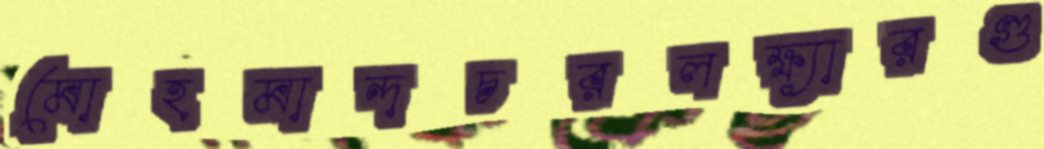
মোহমান্দচরলক্ষ্যারগু